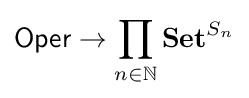
{\mathsf {Oper}}\to \prod _{n\in \mathbb {N} }\mathbf {Set} ^{S_{n}}